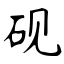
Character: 砚